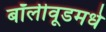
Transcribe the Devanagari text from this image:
बॉलीवूडमधे